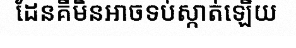
ដែនគឺមិនអាចទប់ស្កាត់ឡើយ